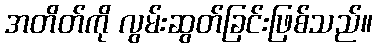
အတိတ်ကို လွမ်းဆွတ်ခြင်းဖြစ်သည်။